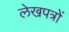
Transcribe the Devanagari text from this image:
लेखपत्रों